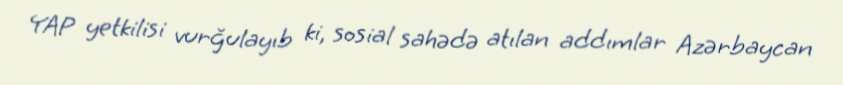
YAP yetkilisi vurğulayıb ki, sosial sahədə atılan addımlar Azərbaycan